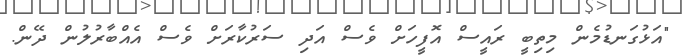
"އަޅުގަނޑުމެން މިތިބީ ރައީސް އޮފީހަށް ވެސް އަދި ސަރުކާރަށް ވެސް އެއްބާރުލުން ދޭން.